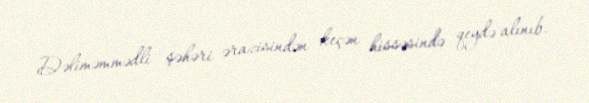
Dəliməmmədli şəhəri ərazisindən keçən hissəsində qeydə alınıb.